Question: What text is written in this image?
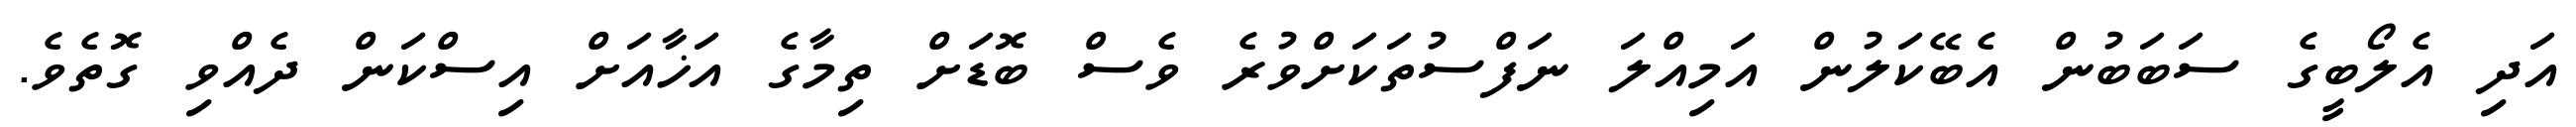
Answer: އަދި އެލޯބީގެ ސަބަބުން އެބޭކަލުން އަމިއްލަ ނަފްސުތަކަށްވުރެ ވެސް ބޮޑަށް ތިމާގެ އަޚާއަށް އިސްކަން ދެއްވި ގޮތެވެ.